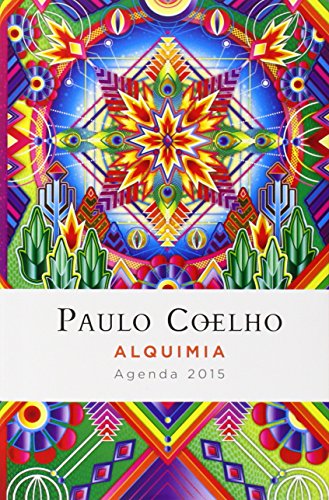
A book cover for Alquimia: Agenda 2015 Paulo Coelho (Spanish Edition); Paulo Coelho; Calendars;